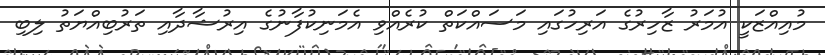
މުއިއްޒަކީ އުމަރު ޒާހިރުގެ އަރިހުގައި މަސައްކަތް ކުރެއްވި އެމަނިކުފާނުގެ އިރުޝާދާއި ތަރުބިއްޔަތު ލިބި